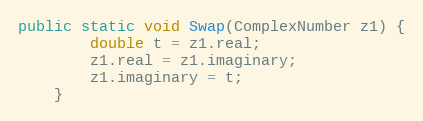
Language: Java
public static void Swap(ComplexNumber z1) {
        double t = z1.real;
        z1.real = z1.imaginary;
        z1.imaginary = t;
    }